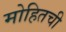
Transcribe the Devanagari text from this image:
मोहितची